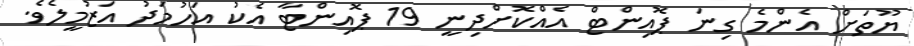
ޔޫތަށް އެންމެ ގިނަ ޕޮއިންޓް އެއްކޮށްދިނީ 19 ޕޮއިންޓާ އެކު އަހުމަދު އަޒުމީލެވެ.